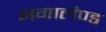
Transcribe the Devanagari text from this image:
नगालैण्ड